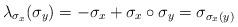
LaTeX: \begin{align*}\lambda_{\sigma_x}(\sigma_y)=-\sigma_x+\sigma_x\circ\sigma_y=\sigma_{\sigma_x(y)}\end{align*}